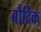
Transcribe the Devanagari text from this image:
बौदिक